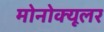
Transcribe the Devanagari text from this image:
मोनोक्यूलर